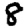
Digit: 8